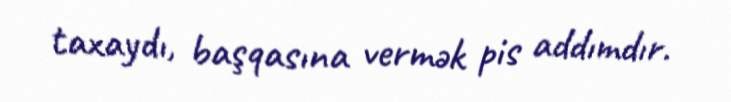
taxaydı, başqasına vermək pis addımdır.